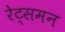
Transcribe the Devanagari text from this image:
रेट्समन